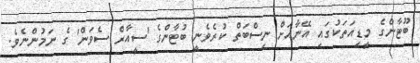
ބޫޓާންގެ މީޑިއަތަކުގައި އޭނާއަށް ނިސްބަތް ކުރެވެނީ ބުޓާންގެ 'ސީއާރް ސެވަން' ގެ ނަމުންނެވެ.